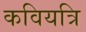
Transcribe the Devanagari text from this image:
कवियत्रि